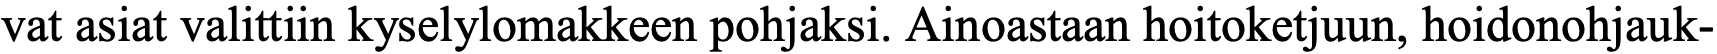
vat asiat valittiin kyselylomakkeen pohjaksi. Ainoastaan hoitoketjuun, hoidonohjauk-